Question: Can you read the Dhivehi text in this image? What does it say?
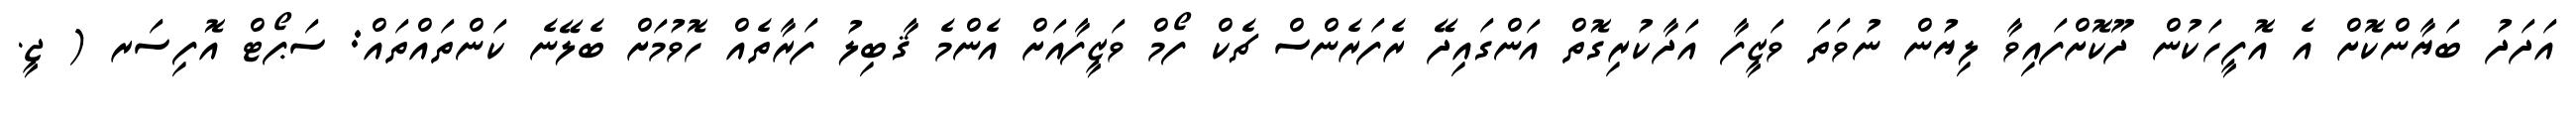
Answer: އަދަދު ބަޔާންކޮށް އެ އޮފީހަކުން ދޫކޮށްފައިވާ ލިޔުން ނުވަތަ ވަޒީފާ އަދާކުރިގޮތް އަންގައިދޭ ރެފަރެންސް ޗެކް ފޯމް ވަޒީފާއަށް އެންމެ ޤާބިލު ފަރާތެއް ހޮވުމަށް ބެލޭނެ ކަންތައްތައް: ސަޕޯޓް އޮފިސަރ ( ޖީ.